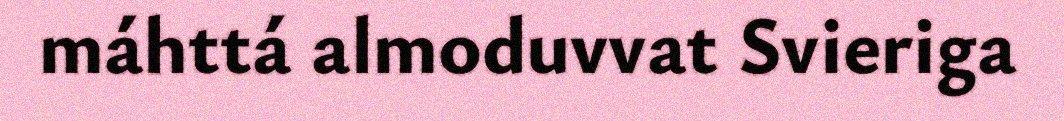
máhttá almoduvvat Svieriga